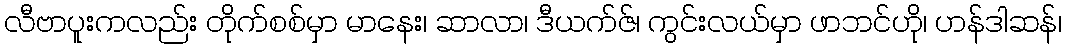
လီဗာပူးကလည်း တိုက်စစ်မှာ မာနေး၊ ဆာလာ၊ ဒီယက်ဇ်၊ ကွင်းလယ်မှာ ဖာဘင်ဟို၊ ဟန်ဒါဆန်၊